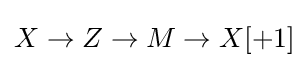
X\to Z\to M\to X[+1]